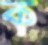
ক